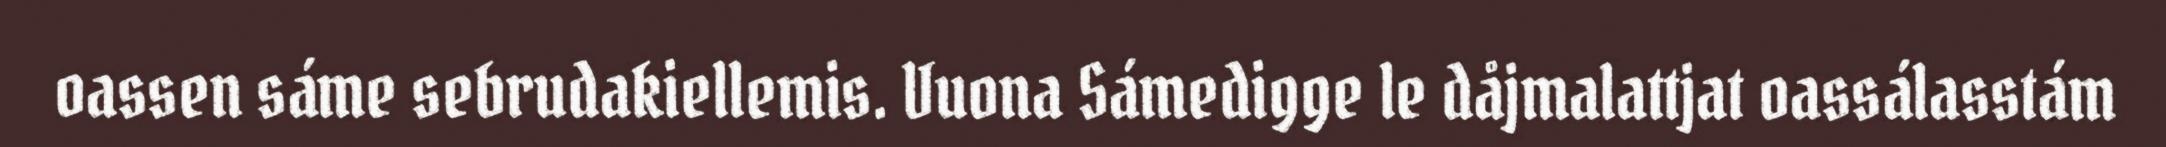
oassen sáme sebrudakiellemis. Vuona Sámedigge le dåjmalattjat oassálasstám